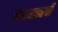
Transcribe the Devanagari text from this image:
माथ्यावरची